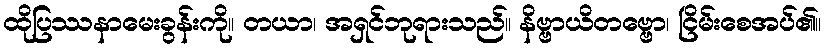
ထိုပြဿနာမေးခွန်းကို။ တယာ၊ အရှင်ဘုရားသည်။ နိဗ္ဗာယိတဗ္ဗော၊ ငြိမ်းစေအပ်၏။